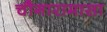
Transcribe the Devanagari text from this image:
चौगारामासा